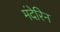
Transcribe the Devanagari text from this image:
मंदेरिन